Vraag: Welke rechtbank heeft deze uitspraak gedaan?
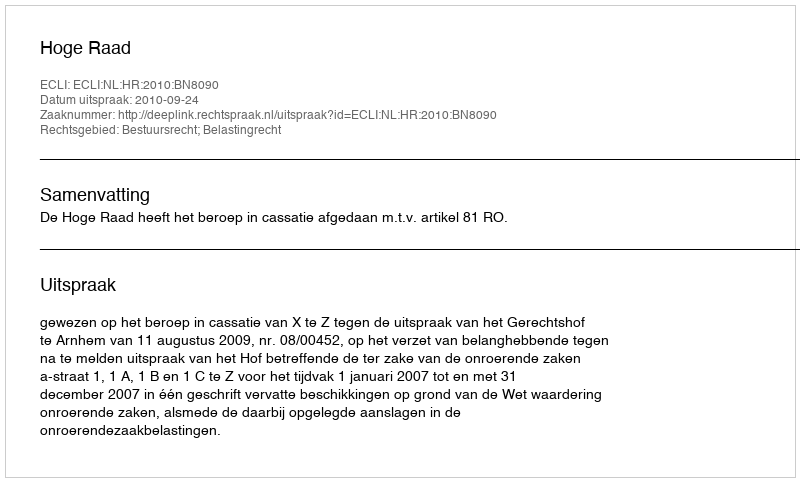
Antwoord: Hoge Raad